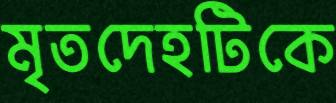
মৃতদেহটিকে